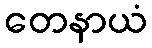
တေနာယံ